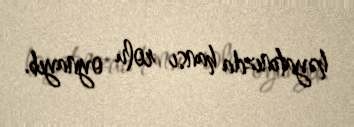
həyatınızda hansı rolu oynayıb.